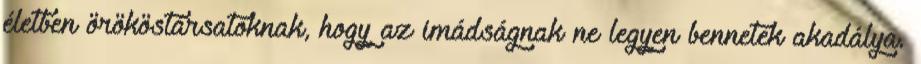
életben örököstársatoknak, hogy az imádságnak ne legyen bennetek akadálya.